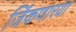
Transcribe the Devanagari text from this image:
जिंकणारया